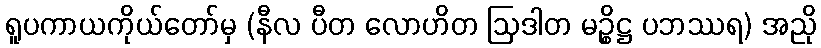
ရူပကာယကိုယ်တော်မှ (နီလ ပီတ လောဟိတ ဩဒါတ မဉ္စိဋ္ဌ ပဘဿရ) အညို